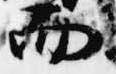
而